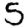
Digit: 5